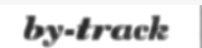
by-track